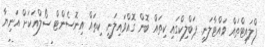
ފްލައިޓްތައް ވައްޓާލަނީ. ޕަބްލިކްގައި ކިތައް ބޮން ގޮއްވައިލަނީ. ކިތައް އިނޮސެންޓް ސޯލްއަކަށް އަނިޔާ